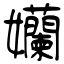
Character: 孏